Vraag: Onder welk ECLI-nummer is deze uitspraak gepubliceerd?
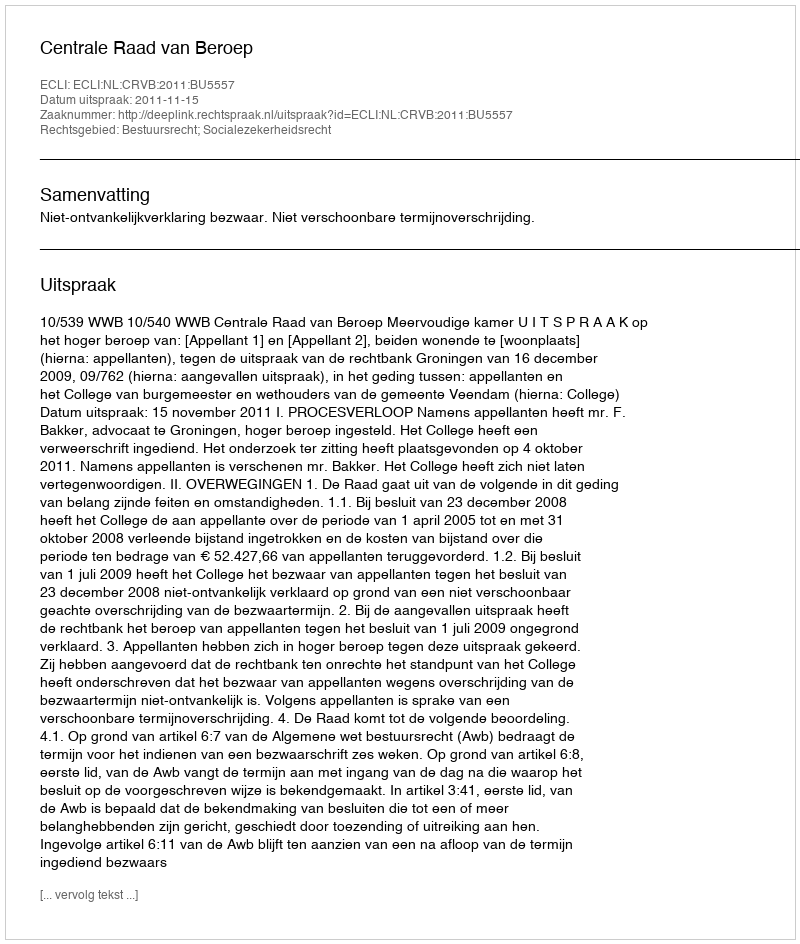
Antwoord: ECLI:NL:CRVB:2011:BU5557